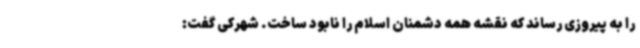
را به پیروزی رساند که نقشه همه دشمنان اسلام را نابود ساخت. شهرکی گفت: